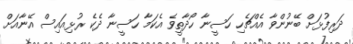
ދަރިފުޅަށް ބޭނުންވާ އެއްޗެހި ހަސީނާ ހޯދާތީވެ އެކަމާ ހަސީނާ ދެކެ ރުޅިއައިސް އޭނާއަށް